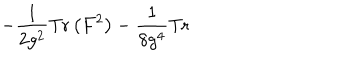
- \frac { 1 } { 2 g ^ { 2 } } \mathrm { T r } \left( F ^ { 2 } \right) - \frac { 1 } { 8 g ^ { 4 } } \mathrm { T r }